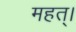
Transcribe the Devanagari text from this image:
महत्।